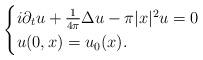
LaTeX: \begin{align*} \begin{cases} i \partial_t u +\frac{1}{4\pi}\Delta u-\pi|x|^2 u=0\\ u(0,x)=u_0(x). \end{cases} \end{align*}